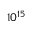
1 0 ^ { 1 5 }